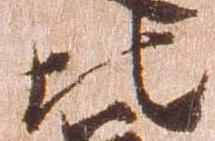
比